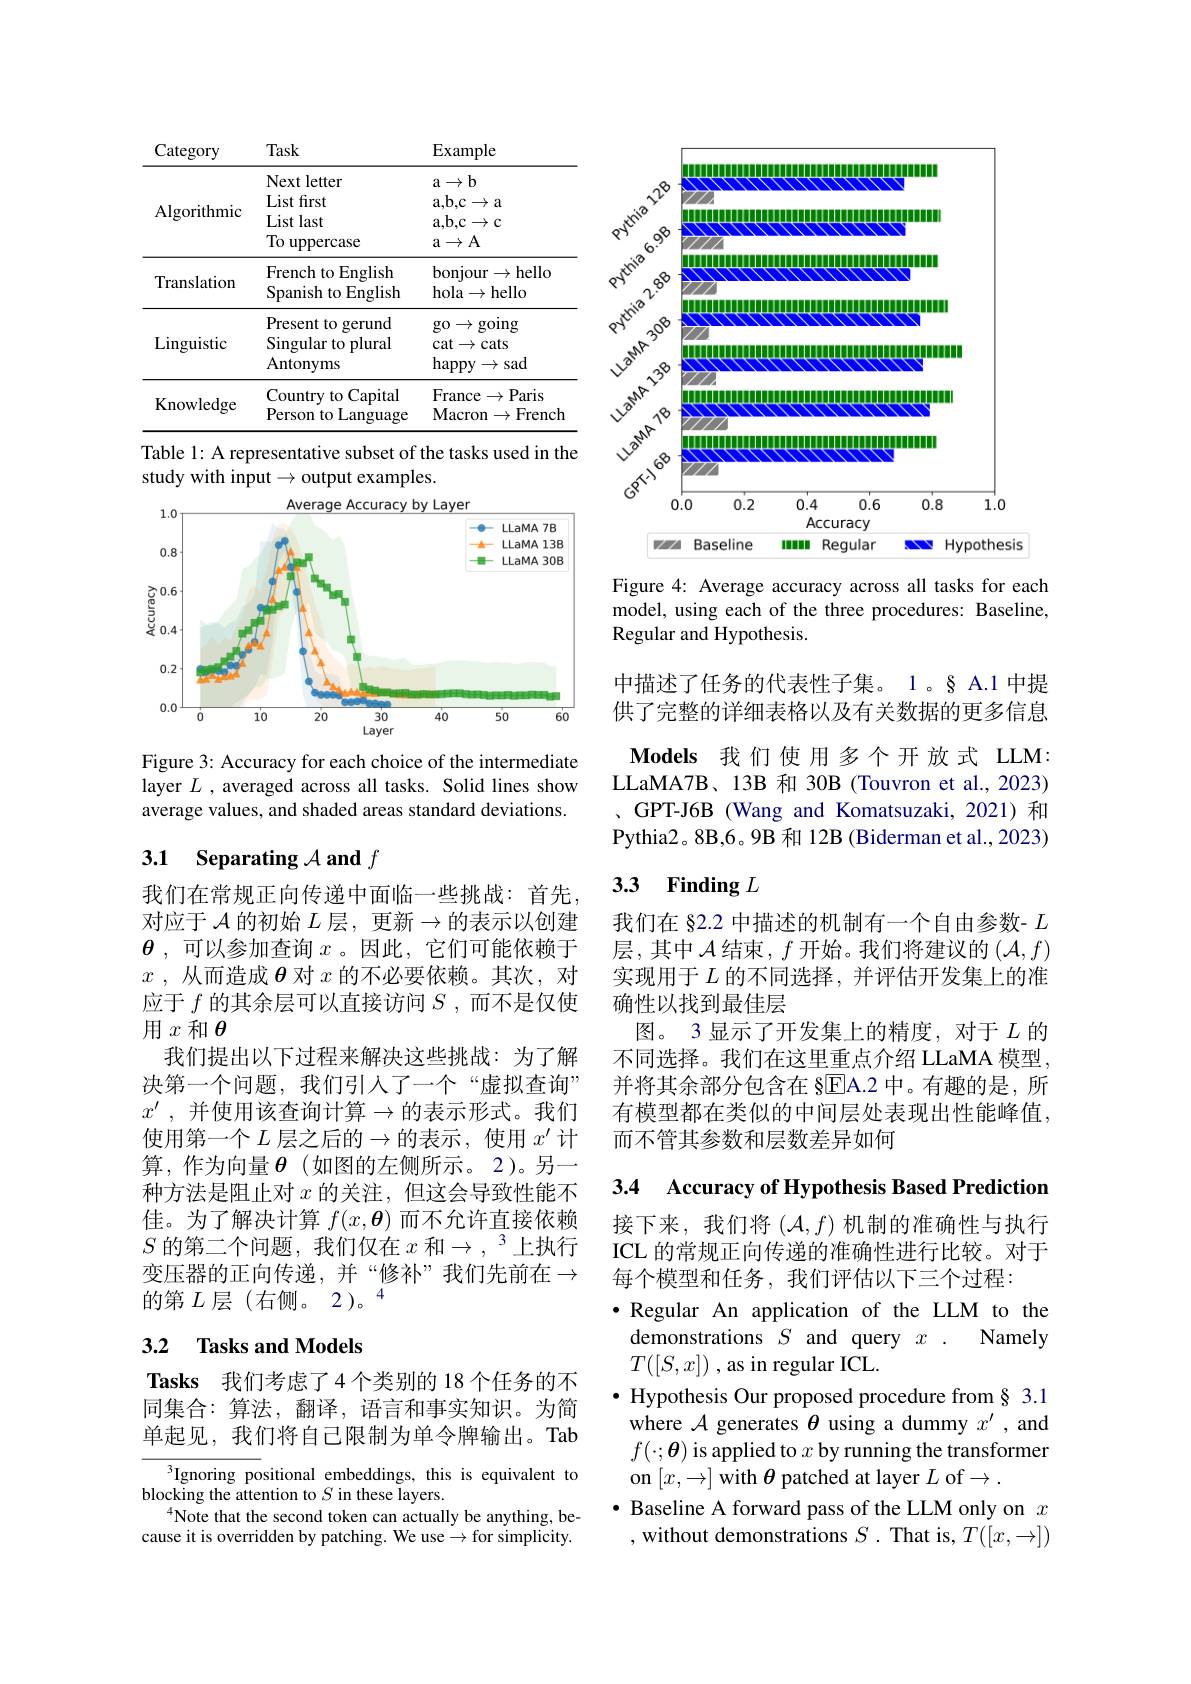
<table>
	<tbody>
		<tr>
			<th>Category</th>
			<th>Task</th>
			<th>$\operatorname{Example}$</th>
		</tr>
		<tr>
			<td>Algorithmic</td>
			<td>Next letter List first List last To uppercase</td>
			<td>$\mathbf{a}\rightarrow\mathbf{b}$ $\mathbf{a},\mathbf{b},\mathbf{c}\rightarrow\mathbf{a}$ $\mathbf{a},\mathbf{b},\mathbf{c}\rightarrow\mathbf{c}$ $\mathbf{a}\rightarrow\mathbf{A}$</td>
		</tr>
		<tr>
			<td>Translation</td>
			<td>French to English Spanish to English</td>
			<td>bonjour $r\rightarrow$hello hola$\to$hello</td>
		</tr>
		<tr>
			<td>Linguistic</td>
			<td>Present to gerund Singular to plural Antonyms</td>
			<td>go$\to$going cat$\to$cats happy$\to$sad</td>
		</tr>
		<tr>
			<td>Knowledge</td>
			<td>Country to Capital Person to Language</td>
			<td>France$\to$Paris Macron ${\mathrm{French}}$ $1\rightarrow$</td>
		</tr>
	</tbody>
</table>
Table 1: A representative subset of the tasks used in the

study with input$\to$output examples.

<FigureHere>

Figure 3: Accuracy for each choice of the intermediate layer $L$ , averaged across all tasks. Solid lines show average values, and shaded areas standard deviations.

# 3.1 Separating $\mathcal{A}$ and $f$

我们在常规正向传递中面临一些挑战：首先对应于 $\mathcal{A}$ 的初始 $L$ 层，更新$\to$的表示以创建$\theta$ ,可以参加查询$x$ 。因此，它们可能依赖于$x$ , 从而造成$\boldsymbol{\theta}$对$x$的不必要依赖。其次，对应于$f$的其余层可以直接访问$S$,而不是仅使用$x$和$\theta$
我们提出以下过程来解决这些挑战：为了解决第一个问题，我们引人了一个“虚拟查询” $x^{\prime }$ , 并使用该查询计算$\to$的表示形式。我们使用第一个 $L$ 层之后的$\to$的表示 ,使用 $x^\prime$ 计算，作为向量$\theta$(如图的左侧所示。2)。另一种方法是阻止对$x$的关注，但这会导致性能不佳。为了解决计算$f(x,\boldsymbol{\theta})$而不允许直接依赖$S$ 的第二个问题，我们仅在 $x$ 和$\to,^3$上执行变压器的正向传递，并“修补”我们先前在$\to$ 的第$L$层(右侧。2)。“

### 3.2 $\textbf{Tasks and Models}$

Tasks 我们考虑了4个类别的 18个任务的不同集合：算法，翻译，语言和事实知识。为简单起见，我们将自己限制为单令牌输出。Tab

$^{3}$Ignoring positional embeddings, this is equivalent to
blocking the attention to $S$ in these layers.
$^{4}$Note that the second token can actually be anything, because it is overridden by patching. We use $\to$for simplicity.

<FigureHere>

Figure 4: Average accuracy across all tasks for each model, using each of the three procedures: Baseline, Regular and Hypothesis.

中描述了任务的代表性子集。1 。§ A.1 中提供了完整的详细表格以及有关数据的更多信息Models 我们使用多个开放式 LLM: LLaMA7B、13B 和 30B (Touvron et al., 2023) 、GPT-J6B (Wang and Komatsuzaki, 2021) 和Pythia2。8B,6。9B 和 12B (Biderman et al., 2023)

# 3.3 Finding $L$

我们在 §2.2 中描述的机制有一个自由参数- $L$ 层，其中$\mathcal{A}$结束，$f$开始。我们将建议的$(\mathcal{A},f)$ 实现用于$L$的不同选择，并评估开发集上的准确性以找到最佳层
图。3 显示了开发集上的精度，对于$L$的不同选择。我们在这里重点介绍 LLaMA 模型， 并将其余部分包含在 §EA.2 中。有趣的是，所有模型都在类似的中间层处表现出性能峰值， 而不管其参数和层数差异如何

3.4 Accuracy of Hypothesis Based Prediction

接下来，我们将$\left(\mathcal{A},f\right)$机制的准确性与执行ICL 的常规正向传递的准确性进行比较。对于每个模型和任务，我们评估以下三个过程：
$\bullet$ Regular An application of the LLM to the
demonstrations $S$ and query $x.$ Namely
$T([S,x])$ , as in regular ICL.
$\bullet$ Hypothesis Our proposed procedure from§ 3.1 where $\mathcal{A}$ generates $\theta$ using a dummy $x^\prime$, and $f(\cdot;\boldsymbol{\theta})$ is applied to $x$ by running the transformer on $[x,\to]$ with $\theta$ patched at layer $L$ of$\to.$
$\bullet$ Baseline A forward pass of the LLM only on $x$ , without demonstrations $S.$ That is, $T([x,\rightarrow])$